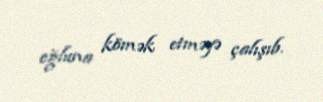
oğluna kömək etməyə çalışıb.